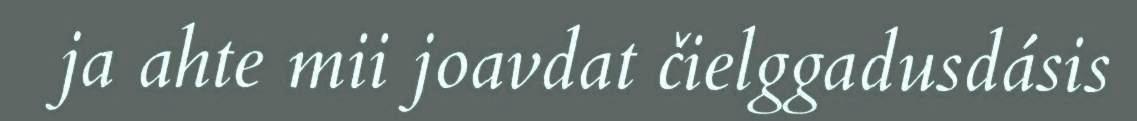
ja ahte mii joavdat čielggadusdásis